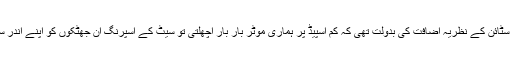
اصل میں یہ کیمرا ٹرک آئن سٹائن کے نظریہ اضافت کی بدولت تھی کہ کم اسپیڈ پر ہماری موٹر بار بار اچھلتی تو سیٹ کے اسپرنگ ان جھٹکوں کو اپنے اندر سما لینے کی کوشش کرتے ۔